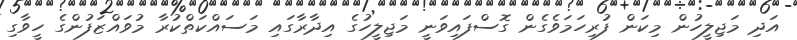
އަދި މަޖިލީހުން މިކަން ފުރިހަމަވެގެން ގޮސްފައިވަނީ މަޖިލީހުގެ އިދާރާގައި މަސައްކަތްކުރާ މުވައްޒަފުންގެ ހީވާގި